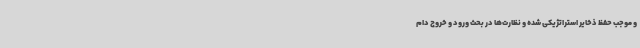
و موجب حفظ ذخایر استراتژیکی شده و نظارت‌ها در بحث ورود و خروج دام